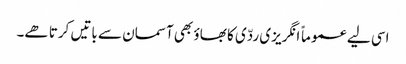
اسی لیے عموماً انگریزی ردّی کا بھاؤ بھی آسمان سے باتیں کرتا ھے۔